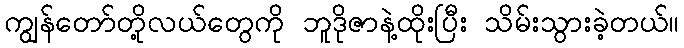
ကျွန်တော်တို့လယ်တွေကို ဘူဒိုဇာနဲ့ထိုးပြီး သိမ်းသွားခဲ့တယ်။